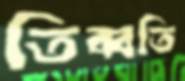
তিব্বতি